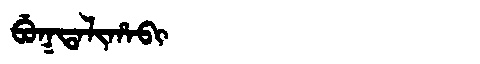
Manchu: ᠪᡠᡴᡨᠠᠯᡳᡥᠠᠪᡳ
Romanization: BUKTALIHABI